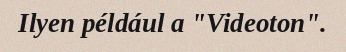
Ilyen például a "Videoton".